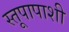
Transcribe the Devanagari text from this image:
स्तूपापाशी